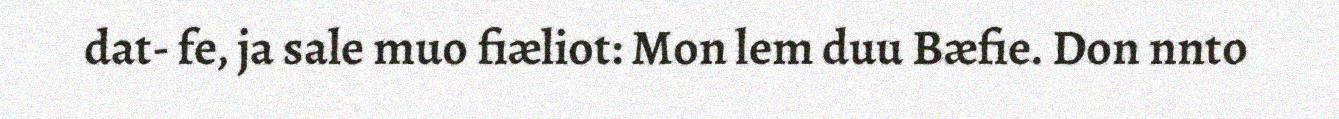
dat- fe, ja sale muo fiæliot: Mon lem duu Bæfie. Don nnto